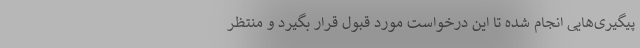
پیگیری‌هایی انجام شده تا این درخواست مورد قبول قرار بگیرد و منتظر